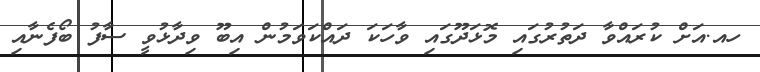
ހއ.އަށް ކުރައްވާ ދަތުރުގައި މޮޅަދޫގައި ވާހަކަ ދައްކަވަމުން އިބޫ ވިދާޅުވީ ސާފު ބޯފެނާއި